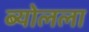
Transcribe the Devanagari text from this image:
ब्योलला